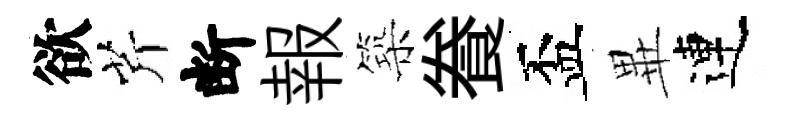
欲芹断報築飬盃𭺾連